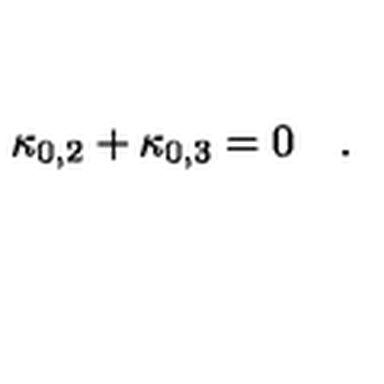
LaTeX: \kappa _ { 0 , 2 } + \kappa _ { 0 , 3 } = 0 \quad .